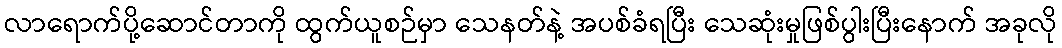
လာရောက်ပို့ဆောင်တာကို ထွက်ယူစဉ်မှာ သေနတ်နဲ့ အပစ်ခံရပြီး သေဆုံးမှုဖြစ်ပွါးပြီးနောက် အခုလို